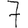
Digit: 7